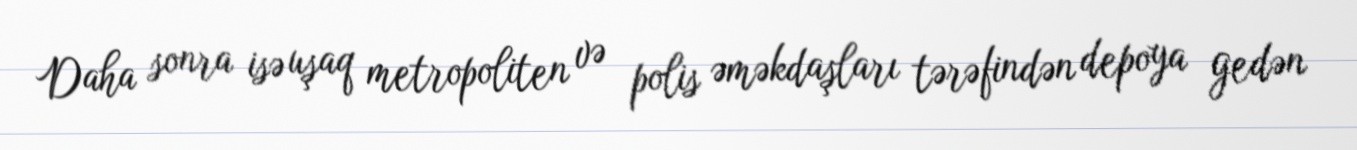
Daha sonra isə uşaq metropoliten və polis əməkdaşları tərəfindən depoya gedən